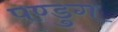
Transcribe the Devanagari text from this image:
पण्डुग